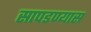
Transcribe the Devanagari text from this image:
सापडण्यास